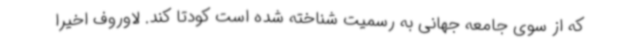
که از سوی جامعه جهانی به رسمیت شناخته شده است کودتا کند. لاوروف اخیرا